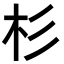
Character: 杉